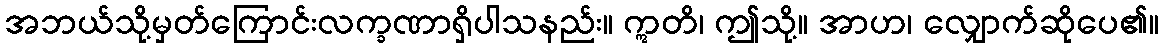
အဘယ်သို့မှတ်ကြောင်းလက္ခဏာရှိပါသနည်း။ ဣတိ၊ ဤသို့။ အာဟ၊ လျှောက်ဆိုပေ၏။